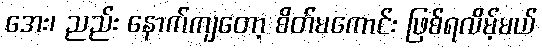
အေး၊ ညည်း နောက်ကျတော့ စိတ်မကောင်း ဖြစ်ရလိမ့်မယ်